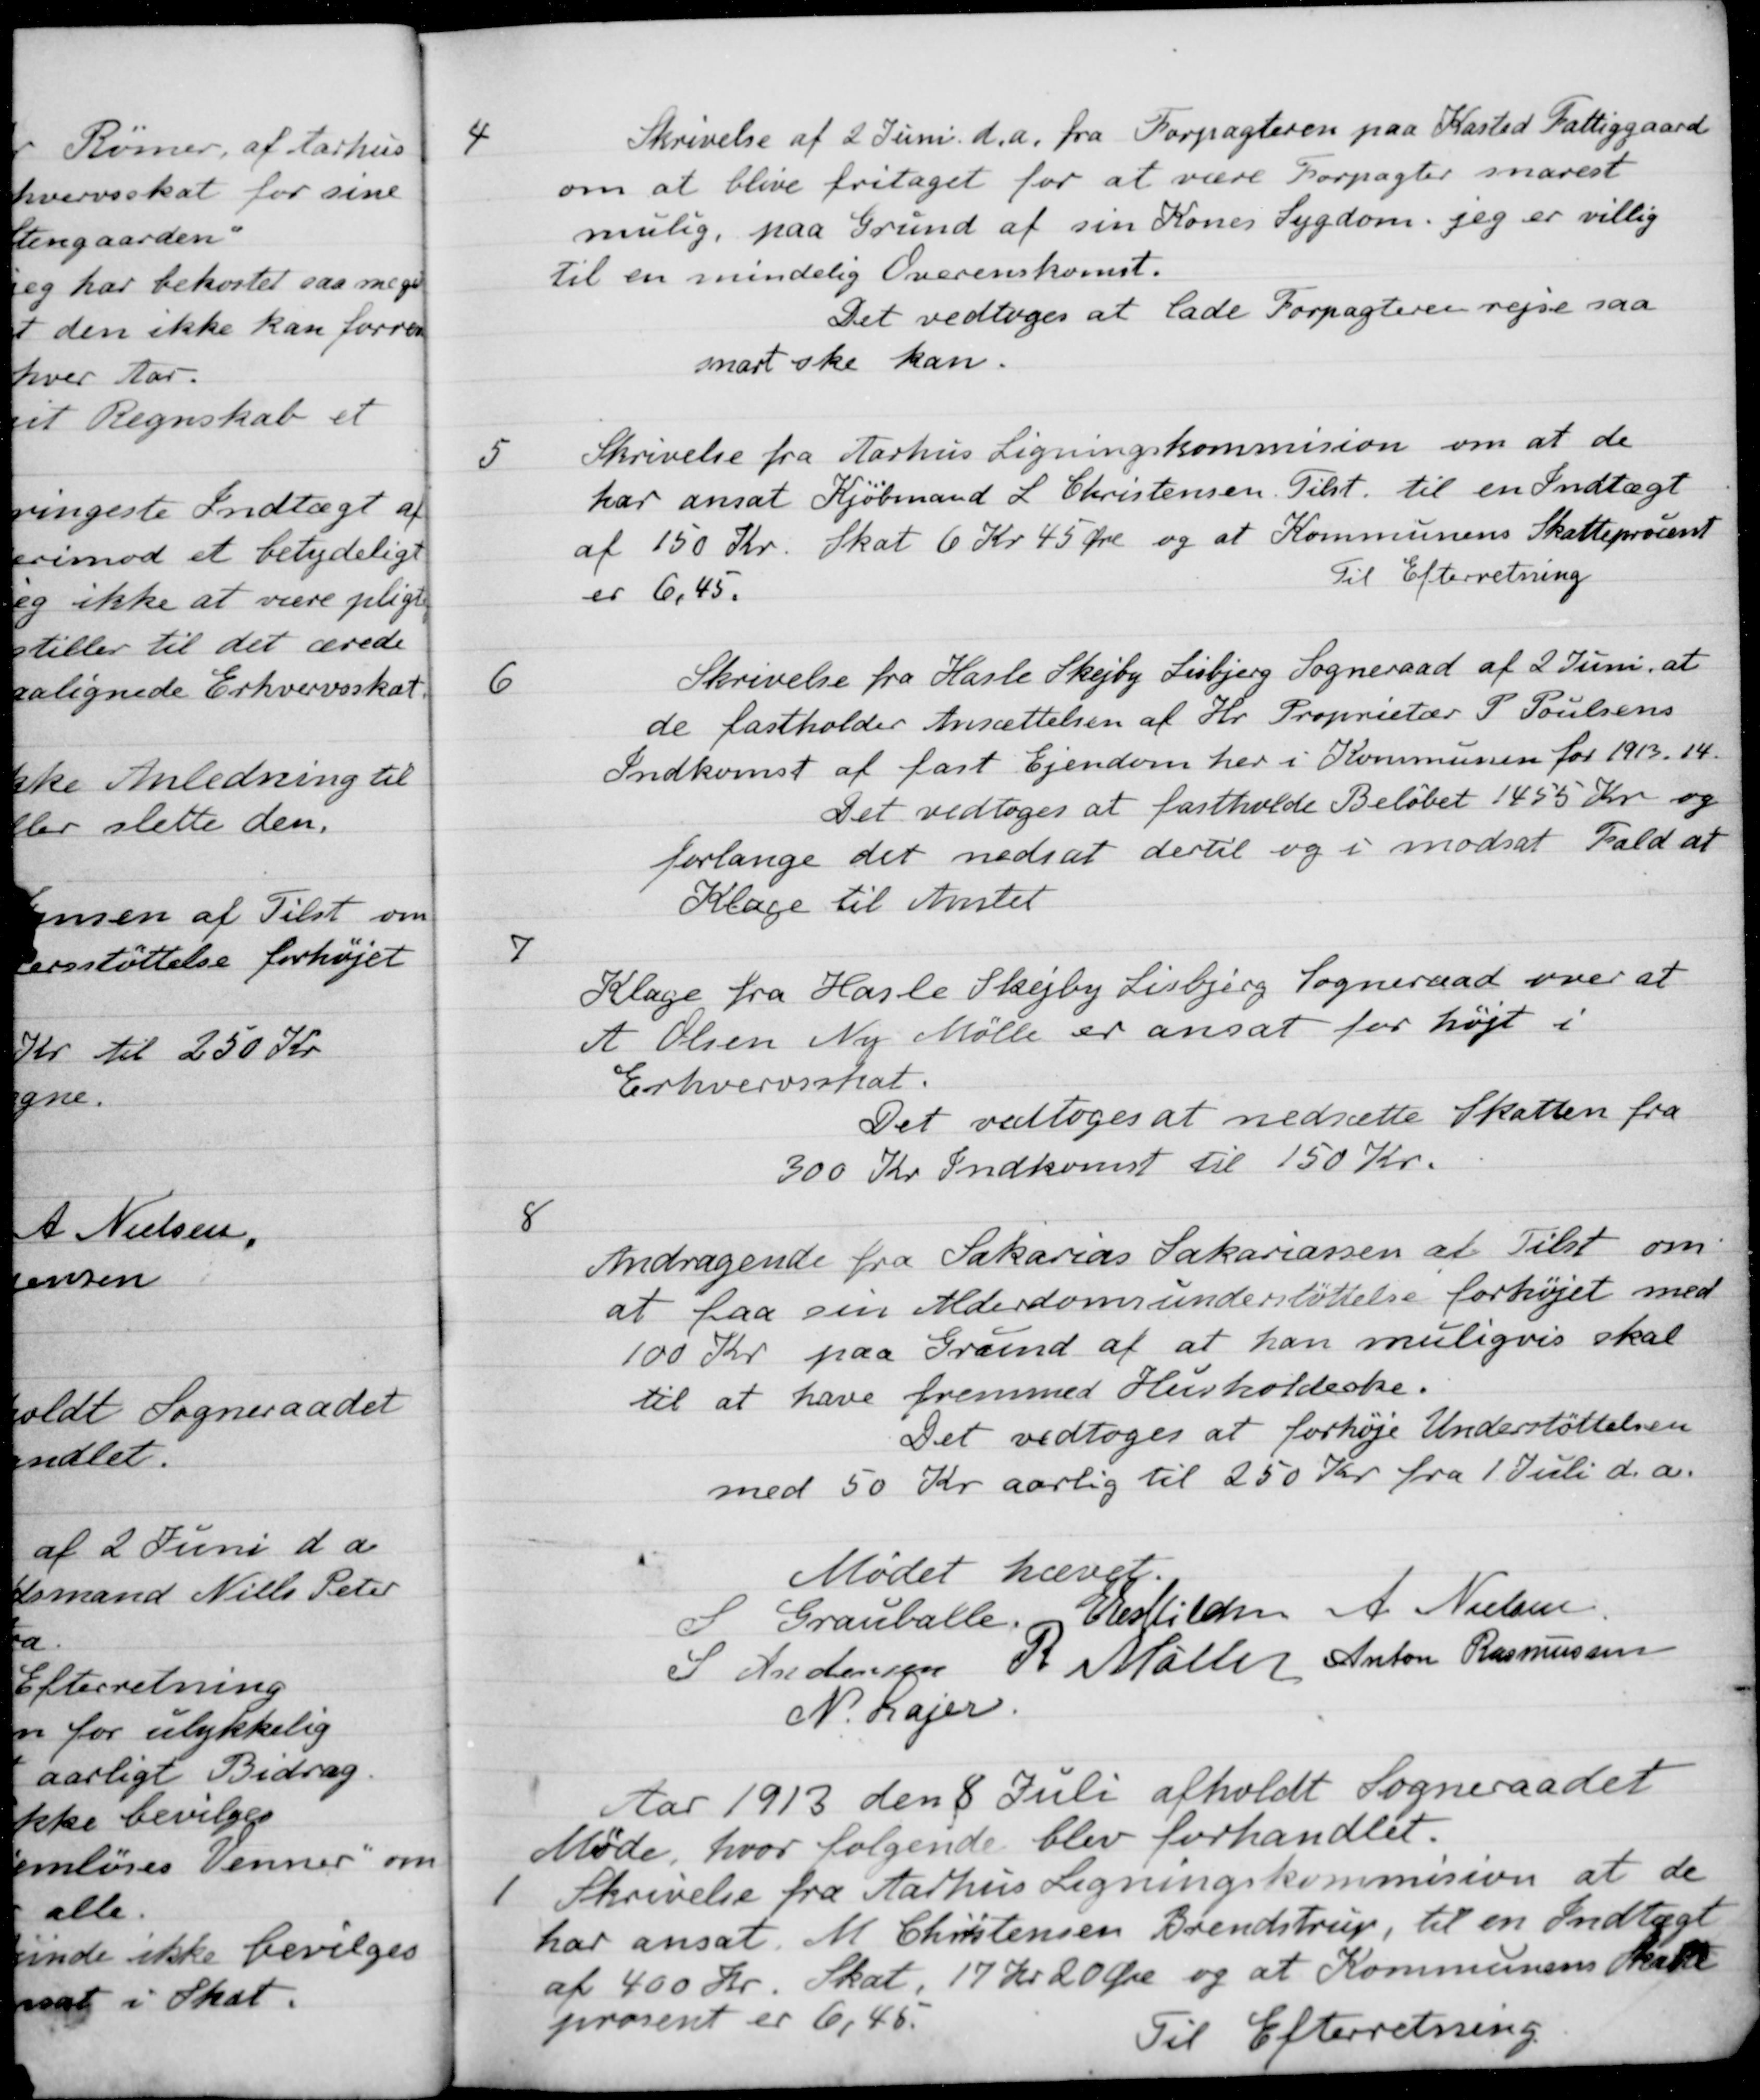
Transskription:
4
Skrivelse af 2 Juni d.a. fra Forpagteren paa Kasted Fattiggaard
om at blive fritaget for at være Forpagter snarest
mulig, paa Grund af sin Kones Sygdom. jeg er villig
til en mindelig Overenskomst.
Det vedtoges at lade Forpagteren rejse saa
snart ske kan.
5
Skrivelse fra Aarhus Ligningskommision om at de
har ansat Kjøbmand L. Christensen. Tilst. til en Indtægt
af 150 Kr. Skat 6 Kr 45 Øre og at Kommunens Skatteprocent
er 6,45.
Til Efterretning.
6
Skrivelse fra Hasle Skejby Lisbjerg Sogneraad af 2 Juni, at
de fastholder Ansættelsen af Hr. Proprietær P. Poulsens
Indkomst af fast Ejendom her i Kommunen for 1913. 14.
Det vedtoges at fastholde Beløbet 1455 Kr og
forlange det nedsat dertil og i modsat Fald at
Klage til Amtet
7
Klage fra Hasle Skejby Lisbjerg Sogneraad over at
A Olsen Ny Mølle er ansat for højt i
Erhvervsskat.
Det vedtoges at nedsætte Skatten fra
300 Kr Indkomst til 150 Kr.
8
Andragende fra Sakarias Sakariassen at Tilst om
at faa sin Alderdomsunderstøttelse forhøjet med
100 Kr. paa Grund af at han muligvis skal
til at have fremmed Husholdeske.
Det vedtoges at forhøje Understøttelsen
med 50 Kr aarlig til 250 Kr. fra 1 Juli d. a.
Mødet hævet.
S Grauballe,
E Eskildsen
A. Nielsen
S Andersen
R Møller
Anton Rasmussen
N. Lajer.
Aar 1913 den 8 Juli afholdt Sogneraadet
Møde, hvor følgende blev forhandlet.
1
Skrivelse fra Aarhus Ligningskommision at de
har ansat. M. Christensen Brendstrup, til en Indtægt
af 400 Kr. Skat, 17 Kr 20 Øre og at Kommunens Skatte-
prosent er 6,45.
Til Efterretning